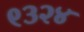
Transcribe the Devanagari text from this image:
९३२४